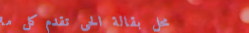
محل بقالة الحي تقدم كل ما